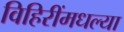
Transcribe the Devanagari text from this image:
विहिरींमधल्या